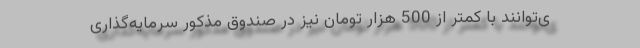
ی‌توانند با کمتر از 500 هزار تومان نیز در صندوق مذکور سرمایه‌گذاری